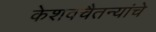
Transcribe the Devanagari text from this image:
केशवचैतन्यांचे